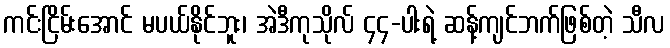
ကင်းငြိမ်းအောင် မပယ်နိုင်ဘူး၊ အဲဒီကုသိုလ် ၄၄-ပါးရဲ့ ဆန့်ကျင်ဘက်ဖြစ်တဲ့ သီလ